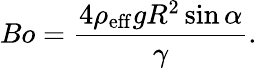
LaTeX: Bo={\frac{4\rho_{\mathrm{eff}}gR^{2}\sin\alpha}{\gamma}}.